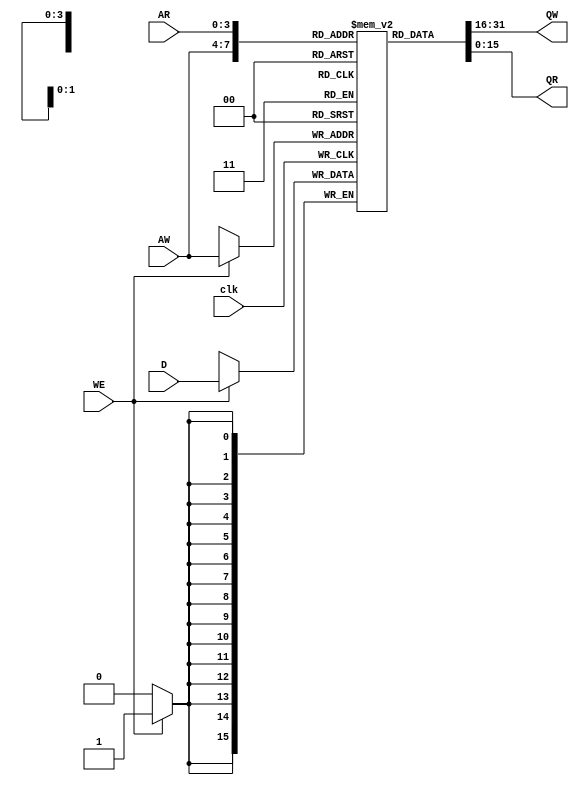
/*
** -----------------------------------------------------------------------------**
** macros353.v
**
** temporary, modules to be moved
**
** Copyright (C) 2002 Elphel, Inc
**
** -----------------------------------------------------------------------------**
**  This file is part of X353
**  X353 is free software - hardware description language (HDL) code.
** 
**  This program is free software: you can redistribute it and/or modify
**  it under the terms of the GNU General Public License as published by
**  the Free Software Foundation, either version 3 of the License, or
**  (at your option) any later version.
**
**  This program is distributed in the hope that it will be useful,
**  but WITHOUT ANY WARRANTY; without even the implied warranty of
**  MERCHANTABILITY or FITNESS FOR A PARTICULAR PURPOSE.  See the
**  GNU General Public License for more details.
**
**  You should have received a copy of the GNU General Public License
**  along with this program.  If not, see <http://www.gnu.org/licenses/>.
** -----------------------------------------------------------------------------**
**
*/


module ram_WxD
#(
  parameter integer DATA_WIDTH=16,
  parameter integer DATA_DEPTH=4,
  parameter integer DATA_2DEPTH=(1<<DATA_DEPTH)-1
)
    (
  input  [DATA_WIDTH-1:0] D,
  input                   WE,
  input                   clk,
  input  [DATA_DEPTH-1:0] AW,
  input  [DATA_DEPTH-1:0] AR,
  output [DATA_WIDTH-1:0] QW,
  output [DATA_WIDTH-1:0] QR);
  
    reg	 [DATA_WIDTH-1:0]	ram [0:DATA_2DEPTH];
    always @(posedge clk) if (WE) ram[AW] <= D; 
    assign	QW= ram[AW];
    assign	QR= ram[AR];
endmodule